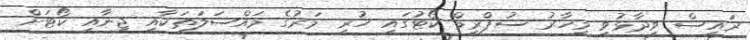
ރައީސް ވިދާޅުވީ މިހާރު ސުޕްރީމް ކޯޓުގައި ހުރި މަރުގެ މައްސަލަތަކާއި ޖިނާއީ ކޯޓަށް